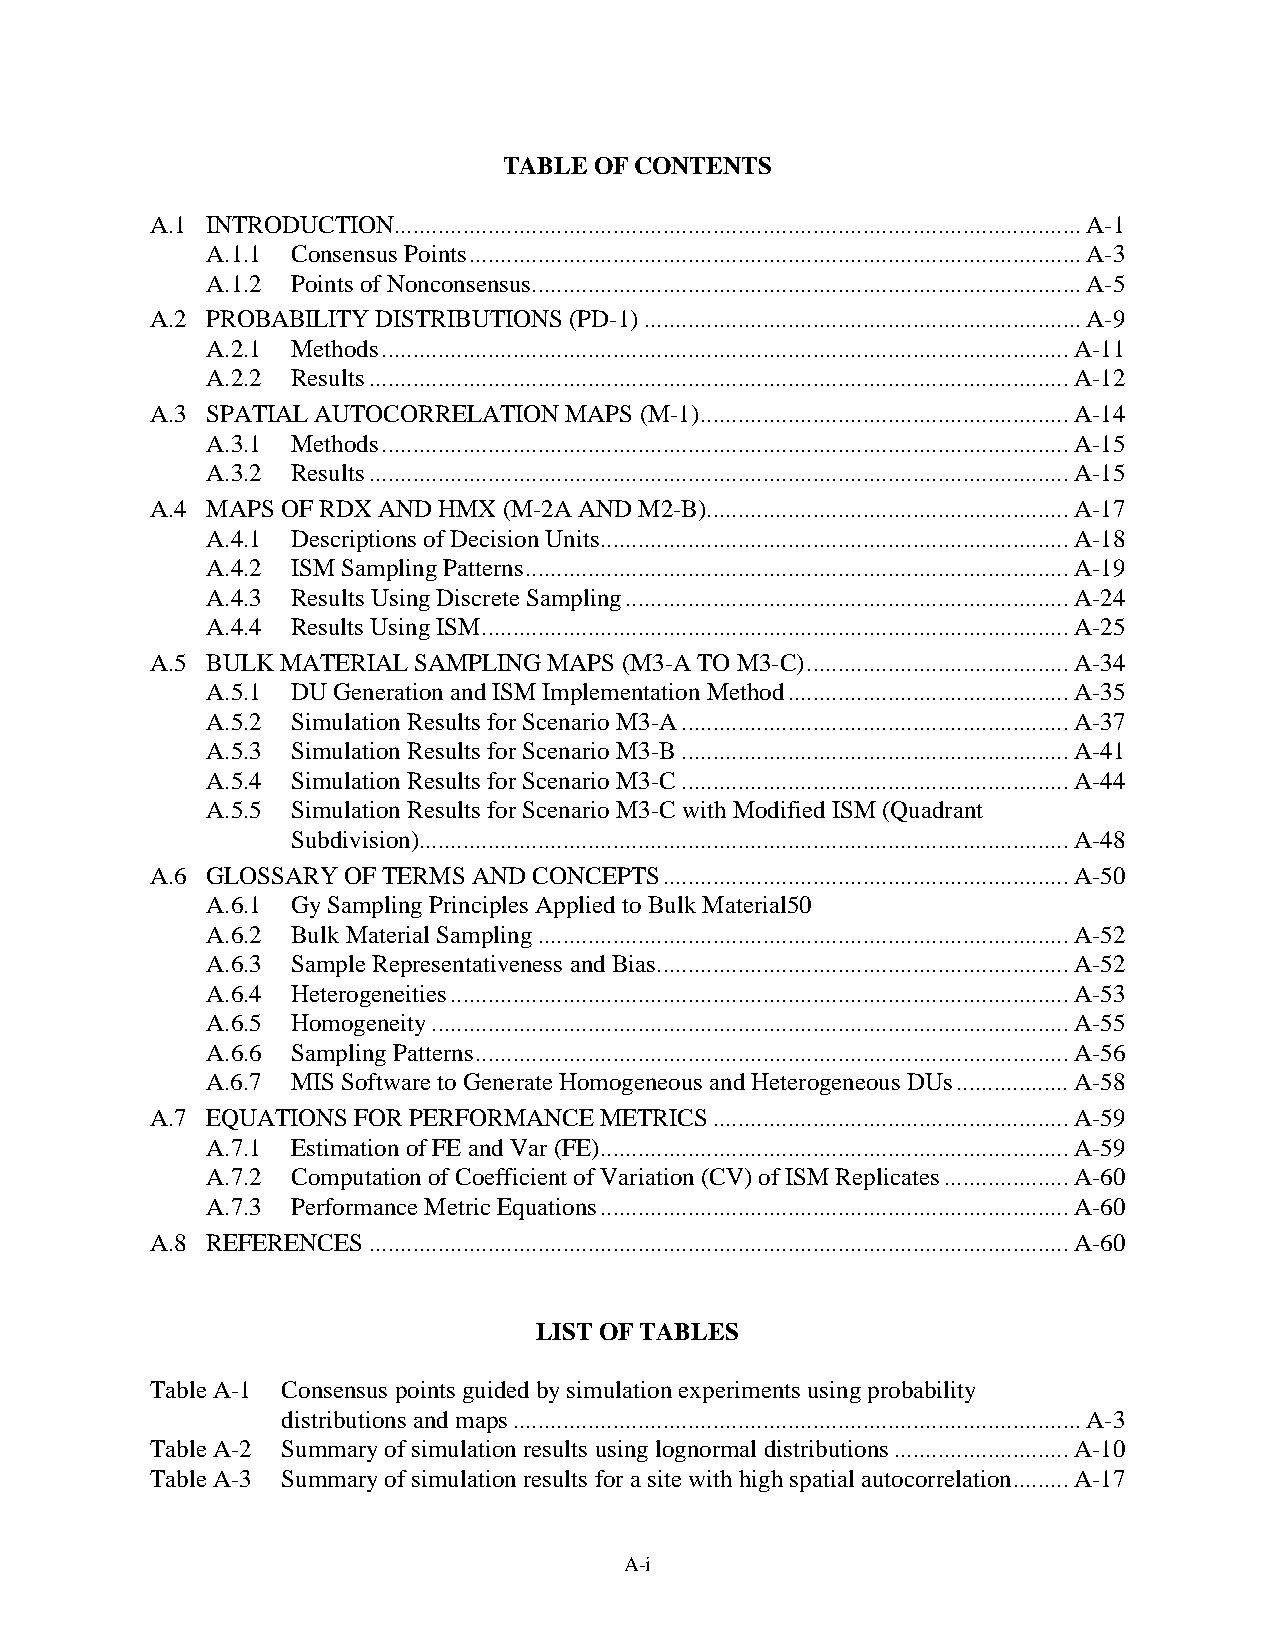
TABLE OF CONTENTS
 A.1 INTRODUCTION.............................................................................................................. A-1
 A.1.1 Consensus Points .................................................................................................. A-3
 A.1.2 Points of Nonconsensus ........................................................................................ A-5
 A.2 PROBABILITY DISTRIBUTIONS (PD-1) ...................................................................... A-9
 A.2.1 Methods .............................................................................................................. A-11
 A.2.2 Results ................................................................................................................ A-12
 A.3 SPATIAL AUTOCORRELATION MAPS (M-1) ........................................................... A-14
 A.3.1 Methods .............................................................................................................. A-15
 A.3.2 Results ................................................................................................................ A-15
 A.4 MAPS OF RDX AND HMX (M-2A AND M2-B) .......................................................... A-17
 A.4.1 Descriptions of Decision Units ........................................................................... A-18
 A.4.2 ISM Sampling Patterns ....................................................................................... A-19
 A.4.3 Results Using Discrete Sampling ....................................................................... A-24
 A.4.4 Results Using ISM .............................................................................................. A-25
 A.5 BULK MATERIAL SAMPLING MAPS (M3-A TO M3-C) .......................................... A-34
 A.5.1 DU Generation and ISM Implementation Method ............................................. A-35
 A.5.2 Simulation Results for Scenario M3-A .............................................................. A-37
 A.5.3 Simulation Results for Scenario M3-B .............................................................. A-41
 A.5.4 Simulation Results for Scenario M3-C .............................................................. A-44
 A.5.5 Simulation Results for Scenario M3-C with Modified ISM (Quadrant
 Subdivision)........................................................................................................ A-48
 A.6 GLOSSARY OF TERMS AND CONCEPTS ................................................................. A-50
 A.6.1 Gy Sampling Principles Applied to Bulk Material50
 A.6.2 Bulk Material Sampling ..................................................................................... A-52
 A.6.3 Sample Representativeness and Bias .................................................................. A-52
 A.6.4 Heterogeneities ................................................................................................... A-53
 A.6.5 Homogeneity ...................................................................................................... A-55
 A.6.6 Sampling Patterns ............................................................................................... A-56
 A.6.7 MIS Software to Generate Homogeneous and Heterogeneous DUs .................. A-58
 A.7 EQUATIONS FOR PERFORMANCE METRICS ......................................................... A-59
 A.7.1 Estimation of FE and Var (FE) ........................................................................... A-59
 A.7.2 Computation of Coefficient of Variation (CV) of ISM Replicates .................... A-60
 A.7.3 Performance Metric Equations ........................................................................... A-60
 A.8 REFERENCES ................................................................................................................ A-60
 LIST OF TABLES
 Table A-1 Consensus points guided by simulation experiments using probability
 distributions and maps ........................................................................................... A-3
 Table A-2 Summary of simulation results using lognormal distributions ............................ A-10
 Table A-3 Summary of simulation results for a site with high spatial autocorrelation ......... A-17
 A-i